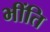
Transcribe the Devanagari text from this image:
भींति